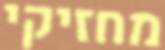
מחזיקי